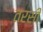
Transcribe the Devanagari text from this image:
तरसी